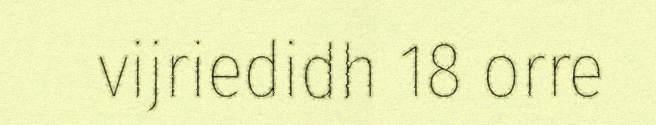
vijriedidh 18 orre